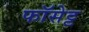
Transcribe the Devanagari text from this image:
फॉसेट्ट